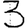
Digit: 3